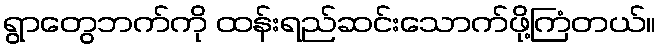
ရွာတွေဘက်ကို ထန်းရည်ဆင်းသောက်ဖို့ကြံတယ်။